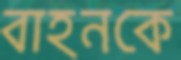
বাহনকে